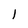
Character: 1